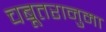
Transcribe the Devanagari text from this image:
चबूतरानुमा